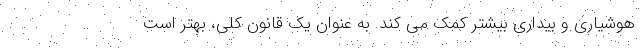
هوشیاری و بیداری بیشتر کمک می کند. به عنوان یک قانون کلی، بهتر است